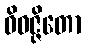
ဝိဝဇ္ဇိတော